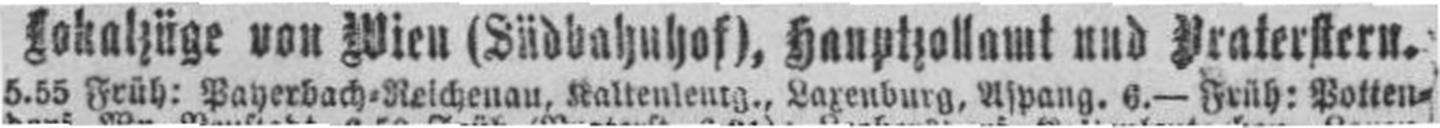
5.55 Früh: Payerbach=Reichenau, Kaltenleutg., Laxenburg, Aspang. 6.— Früh: Potten¬